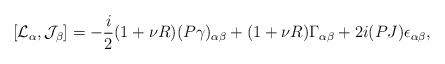
LaTeX: \begin{align*}[{\cal L}_\alpha,{\cal J}_\beta]=-\frac{i}{2}(1+\nu R)(P\gamma)_{\alpha\beta}+(1+\nu R)\Gamma_{\alpha\beta}+2i(PJ)\epsilon_{\alpha\beta},\end{align*}